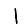
Digit: 1